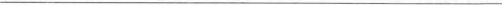
___